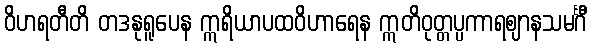
ဝိဟရတီတိ တဒနုရူပေန ဣရိယာပထဝိဟာရေန ဣတိဝုတ္တပ္ပကာရဈာနသမင်္ဂီ